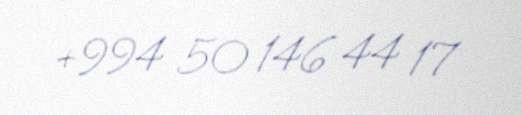
+994 50 146 44 17